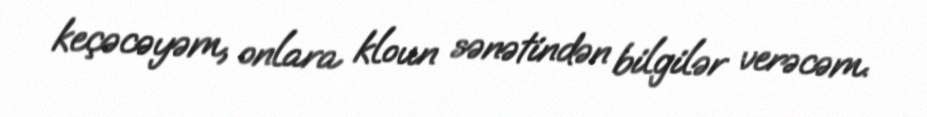
keçəcəyəm, onlara kloun sənətindən bilgilər verəcəm.